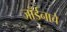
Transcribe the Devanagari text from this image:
जॉर्डनाचे